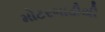
મોટરગાડીથી